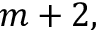
m + 2 ,